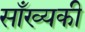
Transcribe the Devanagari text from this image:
साँख्यकी